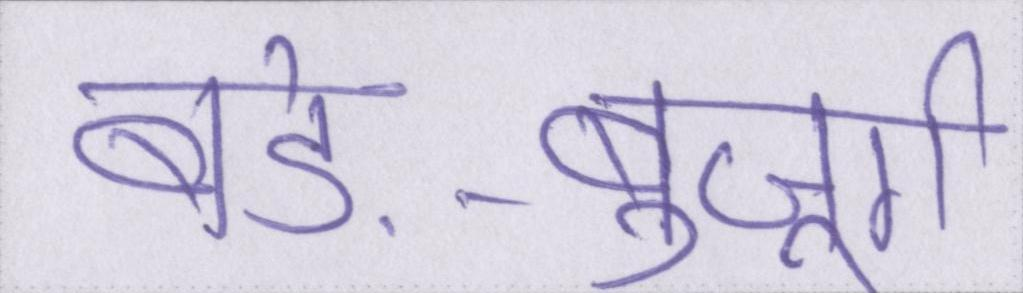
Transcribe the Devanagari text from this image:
बड़े-बुजूर्ग